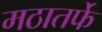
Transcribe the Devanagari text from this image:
मठातर्फे